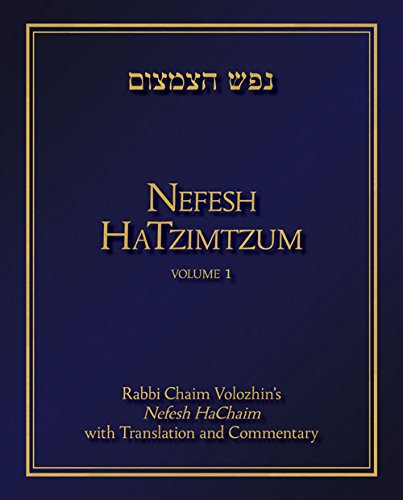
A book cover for Nefesh HaTzimtzum, Volume 1: Rabbi Chaim VolozhinEEs Nefesh HaChaim with Translation and Commentary; Avinoam Fraenkel; Religion & Spirituality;